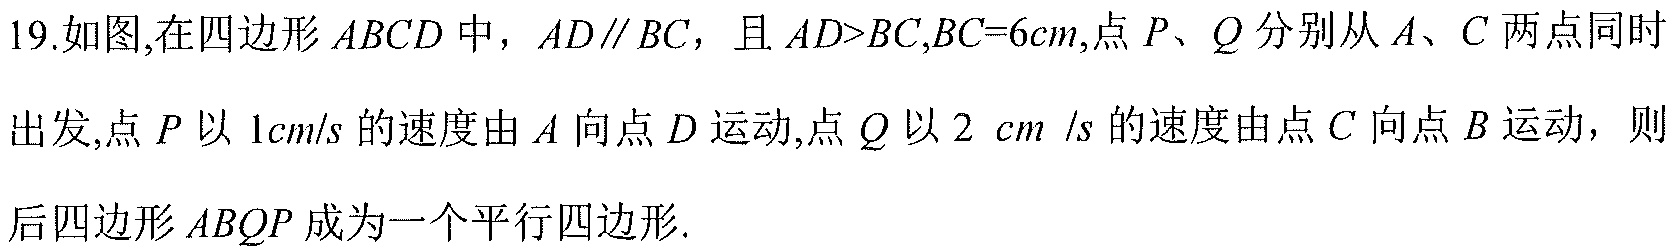
19.如图,在四边形\(ABCD\)中，\(AD\parallel BC\)，且\(AD > BC\),\(BC = 6cm\),点\(P、Q\)分别从\(A、C\)两点同时
出发,点\(P\)以\(1cm/s\)的速度由\(A\)向点\(D\)运动,点\(Q\)以\(2\ cm /s\)的速度由点\(C\)向点\(B\)运动，则
后四边形\(ABQP\)成为一个平行四边形.